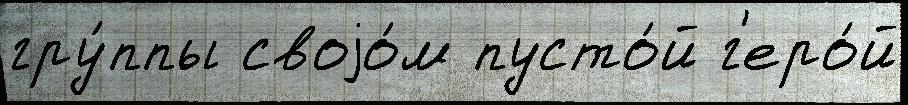
гру́ппы своjо́м пусто́й г'еро́й